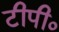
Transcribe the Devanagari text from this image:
टीपी०